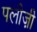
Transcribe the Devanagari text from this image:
पलीज़ी